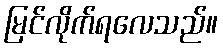
မြင်လိုက်ရလေသည်။